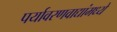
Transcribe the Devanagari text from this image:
पर्यावरणवाद्यांमध्ये